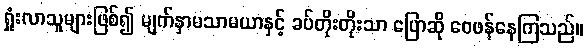
ရှုံးလာသူများဖြစ်၍ မျက်နှာမသာမယာနှင့် ခပ်တိုးတိုးသာ ပြောဆို ဝေဖန်နေကြသည်။